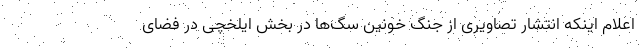
اعلام ‌اینکه انتشار تصاویری از جنگ خونین سگ‌ها در بخش ایلخچی در فضای